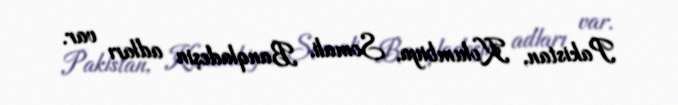
Pakistan, Kolumbiya, Somali, Banqladeşin adları var.